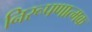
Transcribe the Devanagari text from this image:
निरूपणात्मक